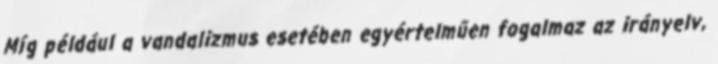
Míg például a vandalizmus esetében egyértelműen fogalmaz az irányelv,